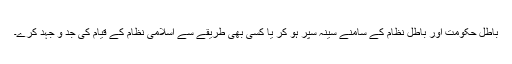
باطل حکومت اور باطل نظام کے سامنے سینہ سپر ہو کر یا کسی بھی طریقے سے اسلامی نظام کے قیام کی جد و جہد کرے۔